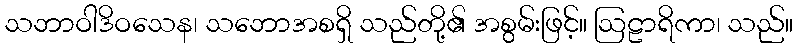
သဘာဝါဒိဝသေန၊ သဘောအစရှိ သည်တို့၏ အစွမ်းဖြင့်။ ဩဠာရိကာ၊ သည်။